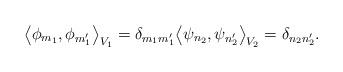
LaTeX: \begin{align*}\big\langle \phi_{m_1},\phi_{m_1'}\big\rangle_{V_1}=\delta_{m_1m_1'}\big\langle \psi_{n_2},\psi_{n_2'}\big\rangle_{V_2}=\delta_{n_2n_2'}.\end{align*}